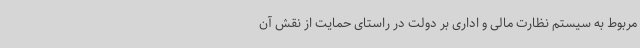
مربوط به سیستم نظارت مالی و اداری بر دولت در راستای حمایت از نقش آن